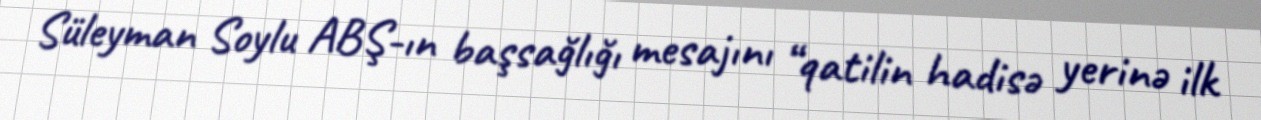
Süleyman Soylu ABŞ-ın başsağlığı mesajını “qatilin hadisə yerinə ilk